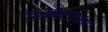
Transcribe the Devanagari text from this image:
रिप्रेजेंटेटिवस्